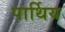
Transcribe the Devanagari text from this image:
पार्थिय